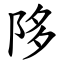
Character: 陊